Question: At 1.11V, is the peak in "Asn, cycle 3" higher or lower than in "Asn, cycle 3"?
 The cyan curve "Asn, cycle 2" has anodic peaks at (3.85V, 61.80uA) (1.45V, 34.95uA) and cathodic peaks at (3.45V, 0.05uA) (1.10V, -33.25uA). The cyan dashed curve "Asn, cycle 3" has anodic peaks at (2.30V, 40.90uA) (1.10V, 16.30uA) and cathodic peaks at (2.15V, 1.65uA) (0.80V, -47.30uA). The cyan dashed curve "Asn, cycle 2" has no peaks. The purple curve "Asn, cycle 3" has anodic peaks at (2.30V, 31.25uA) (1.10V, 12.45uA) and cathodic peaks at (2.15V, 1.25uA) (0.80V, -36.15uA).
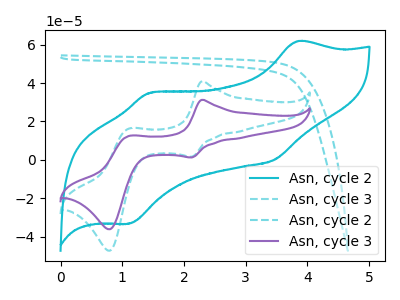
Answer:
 <answer>The peak at 1.11V is lower in "Asn, cycle 3" than in "Asn, cycle 3".</answer>
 <eval>lower</eval>